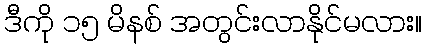
ဒီကို ၁၅ မိနစ် အတွင်းလာနိုင်မလား။